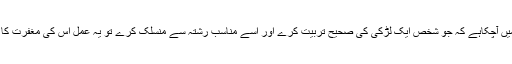
متعدد احادیث میں آچکاہے کہ جو شخص ایک لڑکی کی صحیح تربیت کرے اور اسے مناسب رشتہ سے منسلک کرے تو یہ عمل اس کی مغفرت کا ذریعہ بنے گا۔